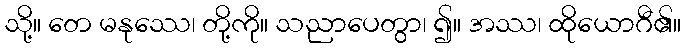
သို့။ တေ မနုဿေ၊ တို့ကို။ သညာပေတွာ၊ ၍။ အဿ၊ ထိုယောဂီ၏။